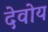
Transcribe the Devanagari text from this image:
देवोय